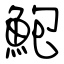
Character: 鮑